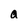
Character: a